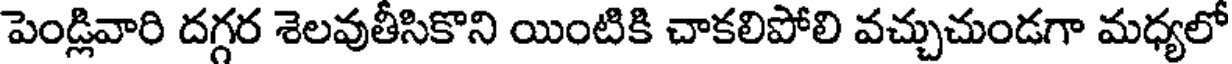
పెండ్లివారి దగ్గర శెలవుతీసికొని యింటికి చాకలిపోలి వచ్చుచుండగా మధ్యలో